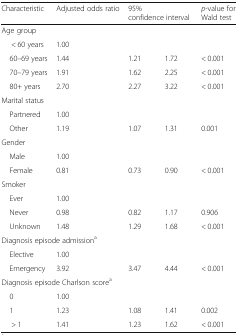
| Characteristic | Adjusted odds ratio | <COLSPAN=2> 95% confidence interval | p-value for Wald test |
 | --- | --- | --- | --- | --- |
 | <COLSPAN=5> Age group |
 | < 60 years | 1.00 |  |  |  |
 | 60–69 years | 1.44 | 1.21 | 1.72 | < 0.001 |
 | 70–79 years | 1.91 | 1.62 | 2.25 | < 0.001 |
 | 80+ years | 2.70 | 2.27 | 3.22 | < 0.001 |
 | <COLSPAN=5> Marital status |
 | Partnered | 1.00 |  |  |  |
 | Other | 1.19 | 1.07 | 1.31 | 0.001 |
 | <COLSPAN=5> Gender |
 | Male | 1.00 |  |  |  |
 | Female | 0.81 | 0.73 | 0.90 | < 0.001 |
 | <COLSPAN=5> Smoker |
 | Ever | 1.00 |  |  |  |
 | Never | 0.98 | 0.82 | 1.17 | 0.906 |
 | Unknown | 1.48 | 1.29 | 1.68 | < 0.001 |
 | <COLSPAN=5> Diagnosis episode admissiona |
 | Elective | 1.00 |  |  |  |
 | Emergency | 3.92 | 3.47 | 4.44 | < 0.001 |
 | <COLSPAN=5> Diagnosis episode Charlson scorea |
 | 0 | 1.00 |  |  |  |
 | 1 | 1.23 | 1.08 | 1.41 | 0.002 |
 | > 1 | 1.41 | 1.23 | 1.62 | < 0.001 |